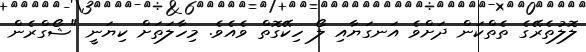
ލޮލުތެރޭގެ ތެތްކަން ދަށްވެ އަނގަޔާއި ލޯ ހިކޭގޮތް ވެއެވެ. މިހާލަތަށް ކިޔަނީ "ޝޯގްރެން